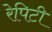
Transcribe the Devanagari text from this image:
रेपिटी